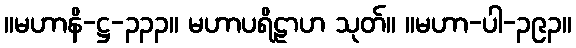
။မဟာနိ-ဋ္ဌ-၃၃၃။ မဟာပရိဠာဟ သုတ်။ ။မဟာ-ပါ-၃၉၃။